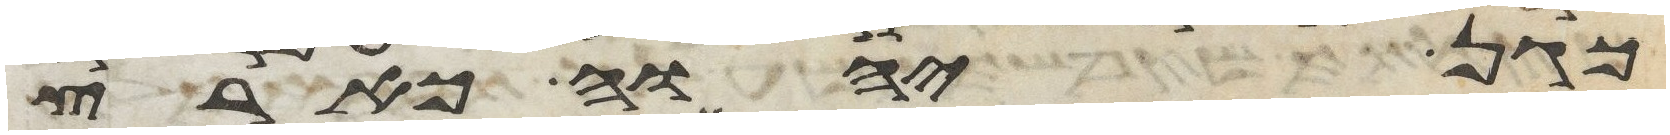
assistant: כגן יהוה כארץ